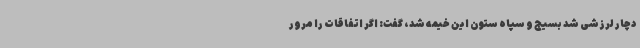
دچار لرزشی شد بسیج و سپاه ستون این خیمه شد، گفت:‌ اگر اتفاقات را مرور